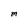
Character: M